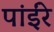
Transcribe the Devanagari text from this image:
पांईंरे